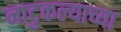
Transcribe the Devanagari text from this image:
नाटुकल्याच्या